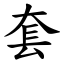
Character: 套